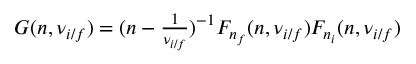
\begin{array} { r } { G ( n , \nu _ { i / f } ) = ( n - \frac { 1 } { \nu _ { i / f } } ) ^ { - 1 } F _ { n _ { f } } ( n , \nu _ { i / f } ) F _ { n _ { i } } ( n , \nu _ { i / f } ) } \end{array}